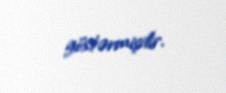
göstərmişdir.